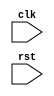
module your_module_name (
    input wire clk,
    input wire rst,
    // Add other input/output ports here
);

// Declare any internal signals here

always @(negedge rst) begin
    // Reset functionality goes here
end

// Add other logic here

endmodule